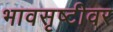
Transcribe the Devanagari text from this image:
भावसृष्टीवर